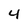
Character: 4